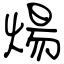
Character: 煬